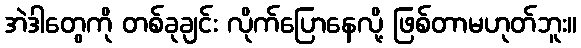
အဲဒါတွေကို တစ်ခုချင်း လိုက်ပြောနေလို့ ဖြစ်တာမဟုတ်ဘူး။